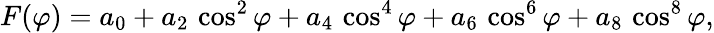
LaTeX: F(\varphi)=a_{0}+a_{2}\, \cos^{2}{\varphi}+a_{4}\, \cos^{4}{\varphi}+a_{6}\, \cos^{6}{\varphi}+a_{8}\, \cos^{8}{\varphi},